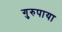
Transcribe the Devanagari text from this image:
गुरुपाया